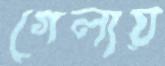
গেলায়